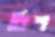
বিশ